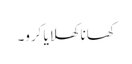
کھانا کھلایا کرو۔